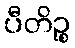
ပီတိဉ္စ